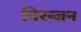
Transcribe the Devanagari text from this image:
निरन्जन